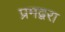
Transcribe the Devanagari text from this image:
प्रमद्वरा